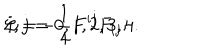
{ \cal L } = - { \frac { 1 } { 4 } } { F ^ { i j } F _ { i j } } ; \hspace { 1 . 0 c m } i , j = 0 , 1 , 2 , 3 , 4 .